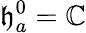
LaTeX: \mathfrak{h}_{a}^{0}=\mathbb{C}